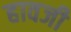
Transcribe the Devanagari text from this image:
हावजी